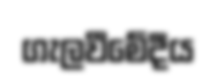
ගැලවීමේදීය